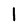
Character: 1